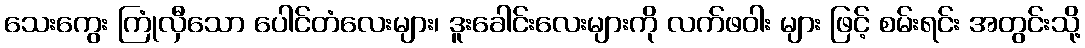
သေးကွေး ကြုံလှီသော ပေါင်တံလေးများ၊ ဒူးခေါင်းလေးများကို လက်ဖဝါး များ ဖြင့် စမ်းရင်း အတွင်းသို့